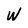
Character: W